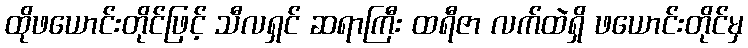
ထိုဖယောင်းတိုင်ဖြင့် သီလရှင် ဆရာကြီး ထရီဇာ လက်ထဲရှိ ဖယောင်းတိုင်မှ